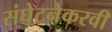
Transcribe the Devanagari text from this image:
संघेटनेकरवी